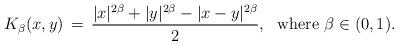
LaTeX: \begin{align*}K_\beta(x,y)\,=\,\frac{|x|^{2\beta}+|y|^{2\beta}-|x-y|^{2\beta}}2,\ \ \mbox{where $\beta\in(0,1)$.}\end{align*}